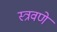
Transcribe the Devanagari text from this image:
स्त्रवणे